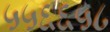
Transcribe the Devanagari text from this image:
५५६६५८